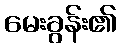
မေးခွန်း၏